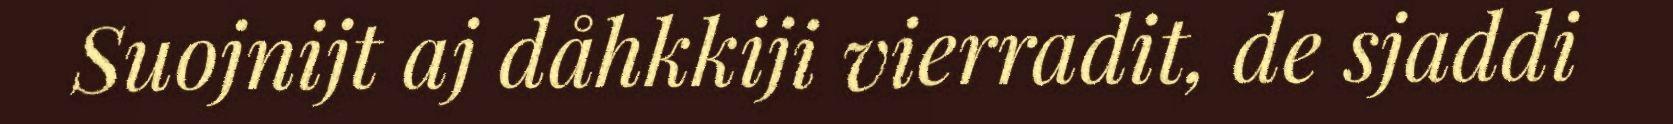
Suojnijt aj dåhkkiji vierradit, de sjaddi